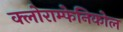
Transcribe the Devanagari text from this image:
क्लोराम्फेनिकोल